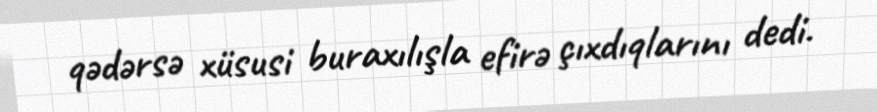
qədərsə xüsusi buraxılışla efirə çıxdıqlarını dedi.